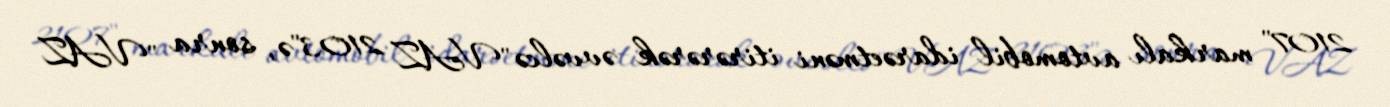
2107" markalı avtomobil idarəetməni itirərərək əvvəlcə "VAZ 2103"ə, sonra "VAZ